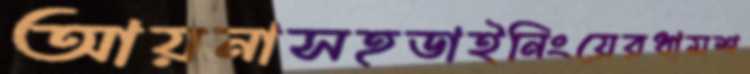
আয়নাসহডাইনিংয়েরধামশ